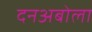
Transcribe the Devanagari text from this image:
दनअबोला